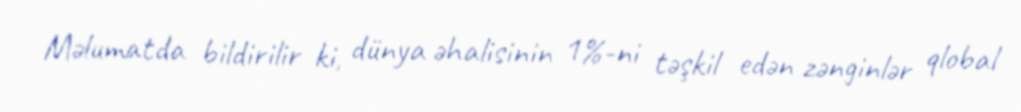
Məlumatda bildirilir ki, dünya əhalisinin 1%-ni təşkil edən zənginlər qlobal